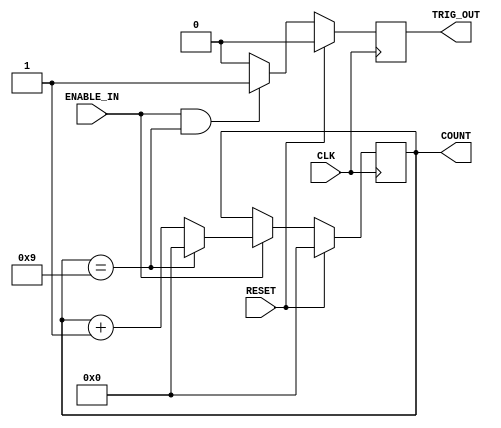
`timescale 1ns / 1ps

module GenericCounter(CLK, RESET, ENABLE_IN, TRIG_OUT, COUNT);
   parameter COUNTER_WIDTH = 4;
   parameter COUNTER_MAX = 9;

   input CLK;
   input RESET;
   input ENABLE_IN;
   output TRIG_OUT;
   output[COUNTER_WIDTH - 1:0] COUNT;

   reg[COUNTER_WIDTH - 1 : 0] counter = 0;
   reg trigOut;

   always@(posedge CLK) begin
      if (RESET)
         counter <= 0;
      else begin
         if (ENABLE_IN) begin
            if (counter == COUNTER_MAX)
               counter <= 0;
            else
               counter <= counter + 1;
         end
      end
   end

   always@(posedge CLK) begin
      if (RESET)
         trigOut <= 0;
      else begin
         if (ENABLE_IN && (counter == COUNTER_MAX))
            trigOut <= 1;
         else
            trigOut <= 0;
      end
   end

   assign COUNT = counter;
   assign TRIG_OUT = trigOut;
endmodule